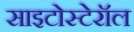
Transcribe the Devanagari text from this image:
साइटोस्टेरॉल